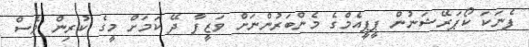
ފެނަކަ ކޯޕަރޭޝަނުން ޕީޕީއެމްގެ މެންބަރުންނަށް ވަޒީފާ ދޭ ކަމަށް މީގެ ކުރިން ވެސް